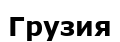
Грузия